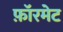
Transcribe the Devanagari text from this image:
फ़ॉरमेट